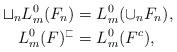
LaTeX: \begin{align*}\sqcup_{n} L^0_m(F_n)&=L^0_m(\cup_n F_n), \\L^0_m(F)^\sqsubset&=L^0_m(F^c),\end{align*}